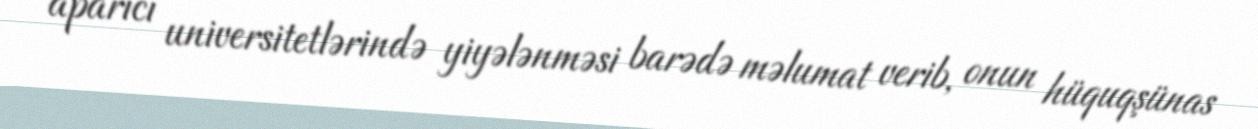
aparıcı universitetlərində yiyələnməsi barədə məlumat verib, onun hüquqşünas